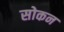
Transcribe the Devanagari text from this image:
सोकन